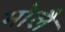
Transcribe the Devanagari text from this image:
मोलै